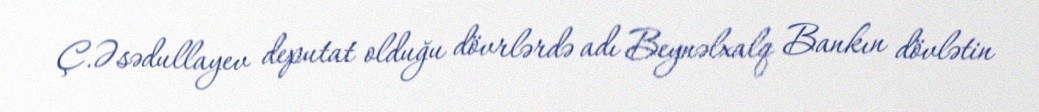
Ç.Əsədullayev deputat olduğu dövrlərdə adı Beynəlxalq Bankın dövlətin